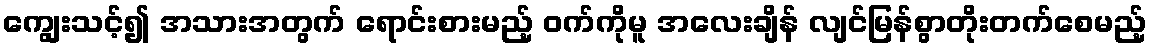
ကျွေးသင့်၍ အသားအတွက် ရောင်းစားမည့် ဝက်ကိုမူ အလေးချိန် လျင်မြန်စွာတိုးတက်စေမည့်